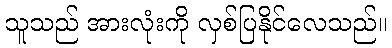
သူသည် အားလုံးကို လှစ်ပြနိုင်လေသည်။